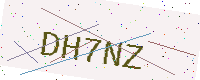
Text: DH7NZ